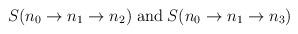
LaTeX: \begin{align*}S(n_0\to n_1\to n_2)\;\mbox{and}\;S(n_0\to n_1\to n_3)\end{align*}